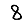
Digit: 8